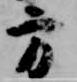
方